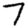
Digit: 7